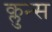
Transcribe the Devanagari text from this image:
क्लुन्स